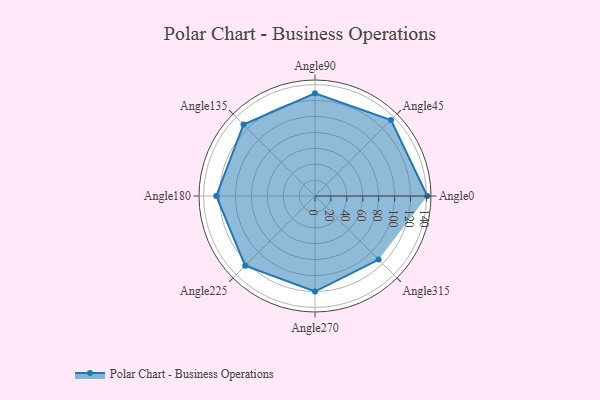
{"axis": {"x": "Angle", "y": "Radius"}, "legend": [""], "data": [{"x": "Angle0", "y": 141.0, "type": ""}, {"x": "Angle45", "y": 135.0, "type": ""}, {"x": "Angle90", "y": 129.0, "type": ""}, {"x": "Angle135", "y": 127.0, "type": ""}, {"x": "Angle180", "y": 124.0, "type": ""}, {"x": "Angle225", "y": 124.0, "type": ""}, {"x": "Angle270", "y": 120.0, "type": ""}, {"x": "Angle315", "y": 113.0, "type": ""}]}